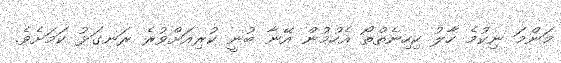
މަންމަ ނިކުމެ ހާލު ކިހިނެތްތޯ އެހުމުން އޭނާ ބުނީ ކުރިއަށްވުރެ ރަނގަޅު ކަމަށެވެ.